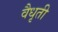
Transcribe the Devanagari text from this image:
वैधृती